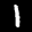
Label: 1